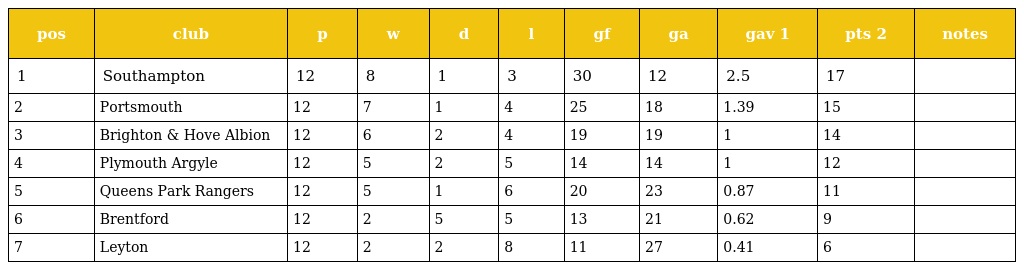
| pos | club | p | w | d | l | gf | ga | gav 1 | pts 2 | notes |
 | --- | --- | --- | --- | --- | --- | --- | --- | --- | --- | --- |
 | 1 | Southampton | 12 | 8 | 1 | 3 | 30 | 12 | 2.5 | 17 |  |
 | 2 | Portsmouth | 12 | 7 | 1 | 4 | 25 | 18 | 1.39 | 15 |  |
 | 3 | Brighton & Hove Albion | 12 | 6 | 2 | 4 | 19 | 19 | 1 | 14 |  |
 | 4 | Plymouth Argyle | 12 | 5 | 2 | 5 | 14 | 14 | 1 | 12 |  |
 | 5 | Queens Park Rangers | 12 | 5 | 1 | 6 | 20 | 23 | 0.87 | 11 |  |
 | 6 | Brentford | 12 | 2 | 5 | 5 | 13 | 21 | 0.62 | 9 |  |
 | 7 | Leyton | 12 | 2 | 2 | 8 | 11 | 27 | 0.41 | 6 |  |